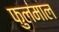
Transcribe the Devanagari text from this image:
फुलमाल